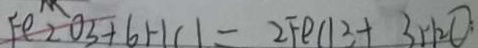
F e 2 O _ { 3 } + 6 H C l = 2 F e C L 3 + 3 H _ { 2 } O